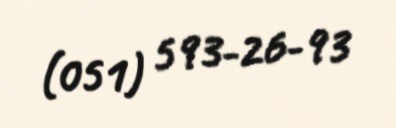
(051) 593-26-93